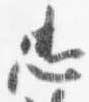
忠